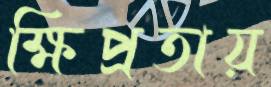
ক্ষিপ্রতায়